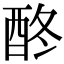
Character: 𨠌